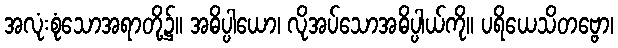
အလုံးစုံသောအရာတို့၌။ အဓိပ္ပါယော၊ လိုအပ်သောအဓိပ္ပါယ်ကို။ ပရိယေသိတဗ္ဗော၊